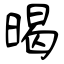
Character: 暍